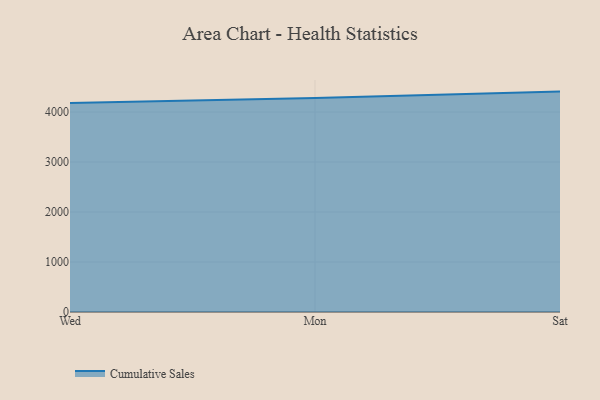
{"axis": {"x": "Day", "y": "Waste Production (Tons)"}, "legend": ["Cumulative Sales"], "data": [{"x": "Wed", "y": 4182.6, "type": "Cumulative Sales"}, {"x": "Mon", "y": 4283.4, "type": "Cumulative Sales"}, {"x": "Sat", "y": 4409.2, "type": "Cumulative Sales"}]}